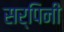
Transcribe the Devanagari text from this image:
सर्पिनी